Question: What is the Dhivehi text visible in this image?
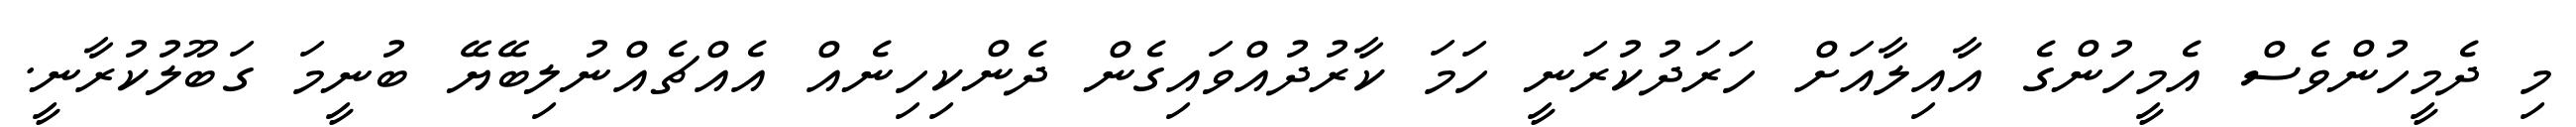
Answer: މި ދެމީހުންވެސް އެމީހުންގެ އާއިލާއަށް ހަރަދުކުރަނީ ހަމަ ކާރުދުއްވައިގެން ދެންކިހިނެއް އެއްޗެއްނުލިބޭޔޭ ބުނީމަ ގަބޫލުކުރާނީ.